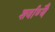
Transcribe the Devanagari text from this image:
शर्वाण्यै